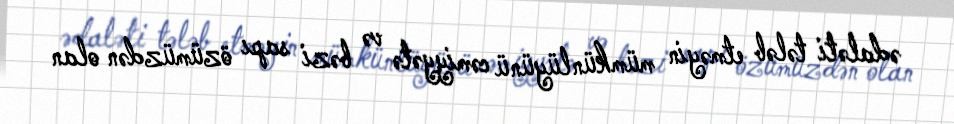
ədaləti tələb etməyin mümkünlüyünü cəmiyyətə və bəzi sapı özümüzdən olan